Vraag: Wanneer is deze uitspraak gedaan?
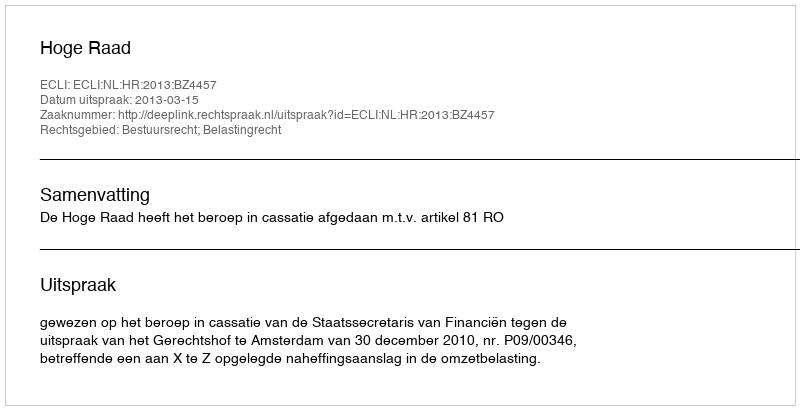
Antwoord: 2013-03-15